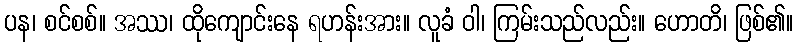
ပန၊ စင်စစ်။ အဿ၊ ထိုကျောင်းနေ ရဟန်းအား။ လူခံ ဝါ၊ ကြမ်းသည်လည်း။ ဟောတိ၊ ဖြစ်၏။